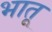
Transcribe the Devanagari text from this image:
भातू